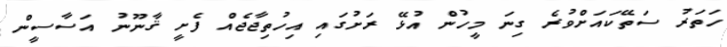
ހަތަރު ސަތޭކައަށްވުރެ ގިނަ މީހުން އުޅޭ ރަށުގައި އިހުތިޖާޖެއް ފެށީ ޤާނޫނު އަސާސީން